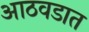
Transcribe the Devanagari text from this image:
आठवडात